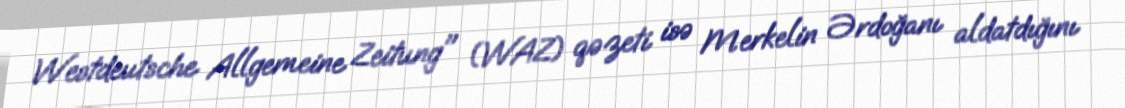
Westdeutsche Allgemeine Zeitung" (WAZ) qəzeti isə Merkelin Ərdoğanı aldatdığını